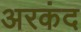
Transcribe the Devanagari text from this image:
अरकंद